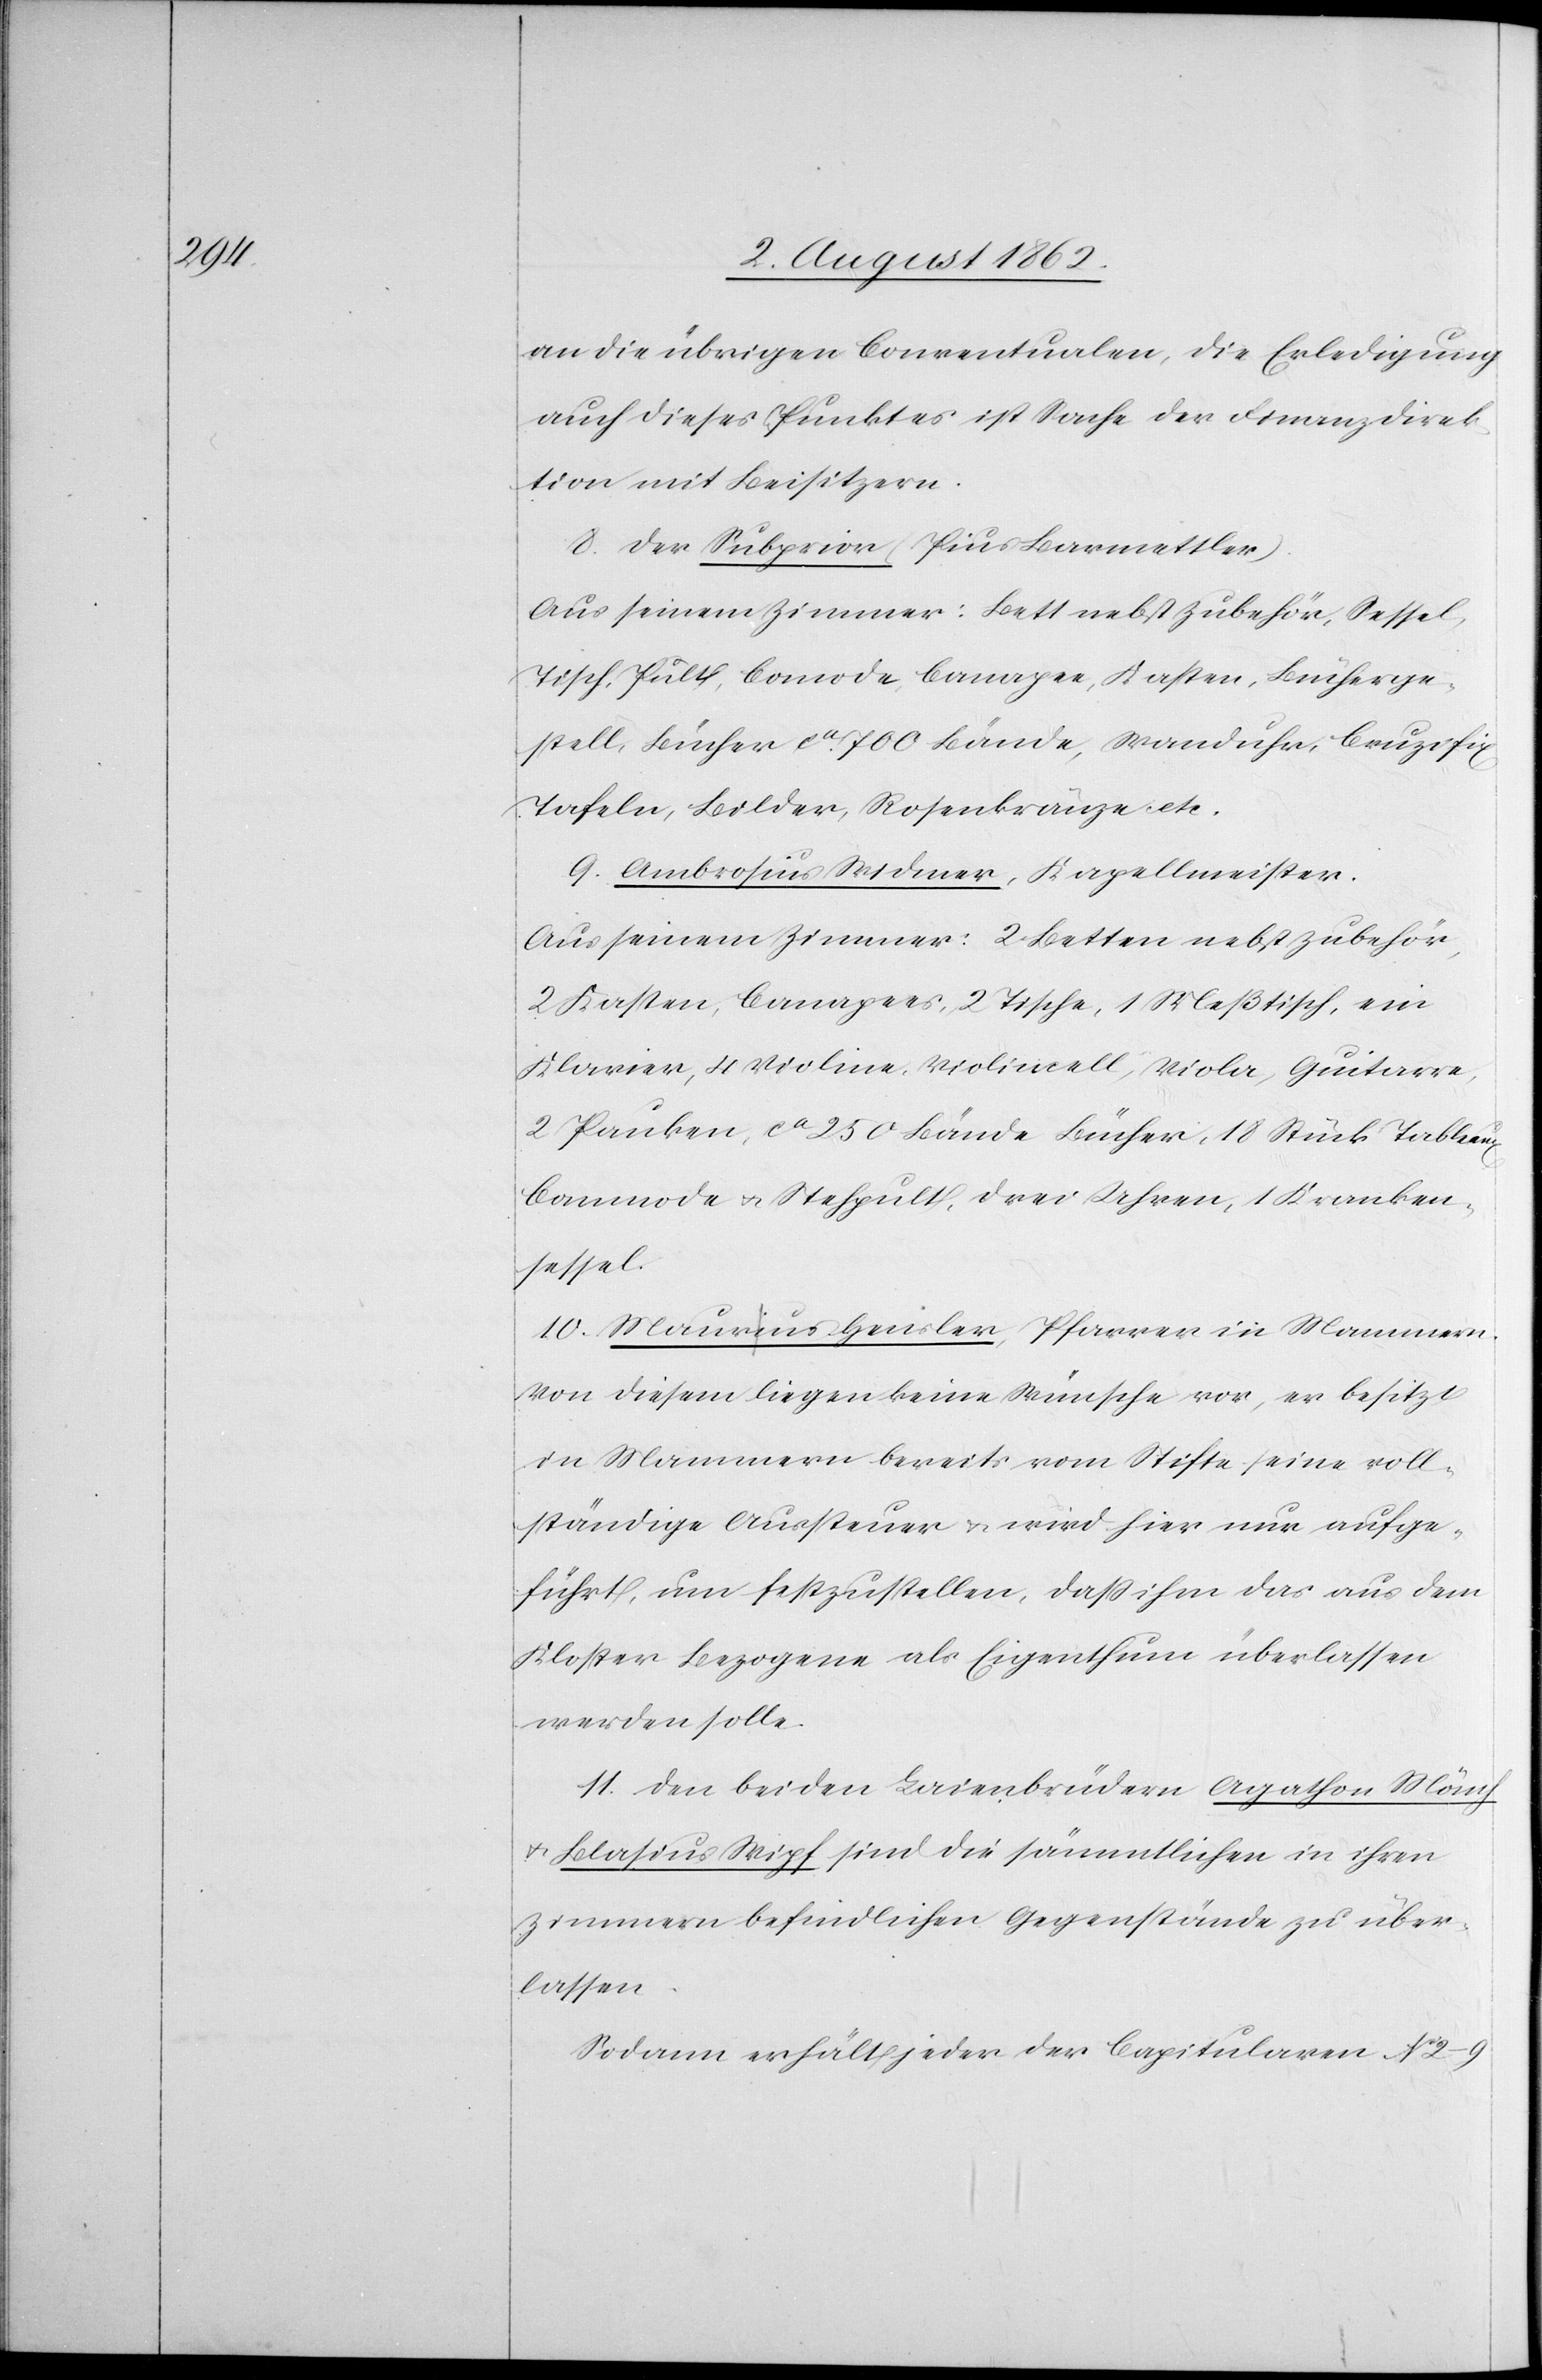
an die übrigen Conventualen, die Erledigung
auch dieses Punktes ist Sache der Finanzdirek¬
tion mit Beisitzern.
8. Der Subprior (Pius Barmettler).
Aus seinem Zimmer: Bett nebst Zubehör, Sessel,
Tisch, Pult, Comode, Canapee, Kasten, Bücherge¬
stell, Bücher ca 700 Bände, Wanduhr, Cruzifix,
Tafeln, Bilder, Rosenkränze etc.
9. Ambrosius Widmer, Kapellmeister.
Aus seinem Zimmer: 2 Betten nebst Zubehör,
2 Kasten, Canapees, 2 Tische, 1 Meßtisch, ein
Klavier, 4 Violine, Violincell, Viola, Guitarre,
2 Pauken, ca 250 Bände Bücher, 18 Stück Tableaux,
Commode u. Stehpult, drei Uhren, 1 Kranken¬
sessel.
10. Maurius Geisler, Pfarrer in Mammern.
Von diesem liegen keine Wünsche vor, er besitzt
in Mammern bereits vom Stifte seine voll¬
ständige Aussteuer u. wird hier nur aufge¬
führt, um festzustellen, daß ihm das aus dem
Kloster bezogene als Eigenthum überlassen
werden solle.
11. Den beiden Laienbrüdern Agathon Mönch
u. Blasius Wipf sind die sämmtlichen in ihren
Zimmern befindlichen Gegenstände zu über¬
lassen.
Sodann erhält jeder der Capitularen No 2–9